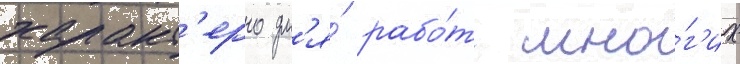
характ'ерно дл'я́ рабо́т мно́г'их